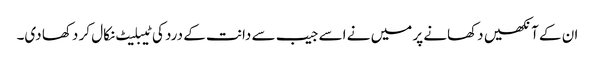
ان کے آنکھیں دکھانے پر میں نے اسے جیب سے دانت کے درد کی ٹیبلیٹ نکال کر دکھا دی۔